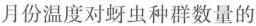
月份温度对蚜虫种群数量的